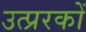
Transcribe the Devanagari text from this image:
उत्प्ररकों